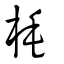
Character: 枆